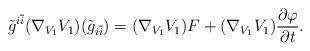
LaTeX: \begin{align*}\tilde{g}^{i\overline{i}}(\nabla_{V_{1}}V_{1})(\tilde{g}_{i\overline{i}})=(\nabla_{V_{1}}V_{1})F+(\nabla_{V_{1}}V_{1})\frac{\partial\varphi}{\partial t}.\end{align*}